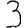
Digit: 3